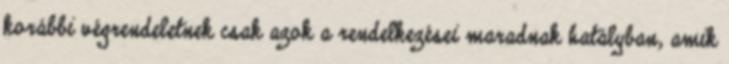
korábbi végrendeletnek csak azok a rendelkezései maradnak hatályban, amik